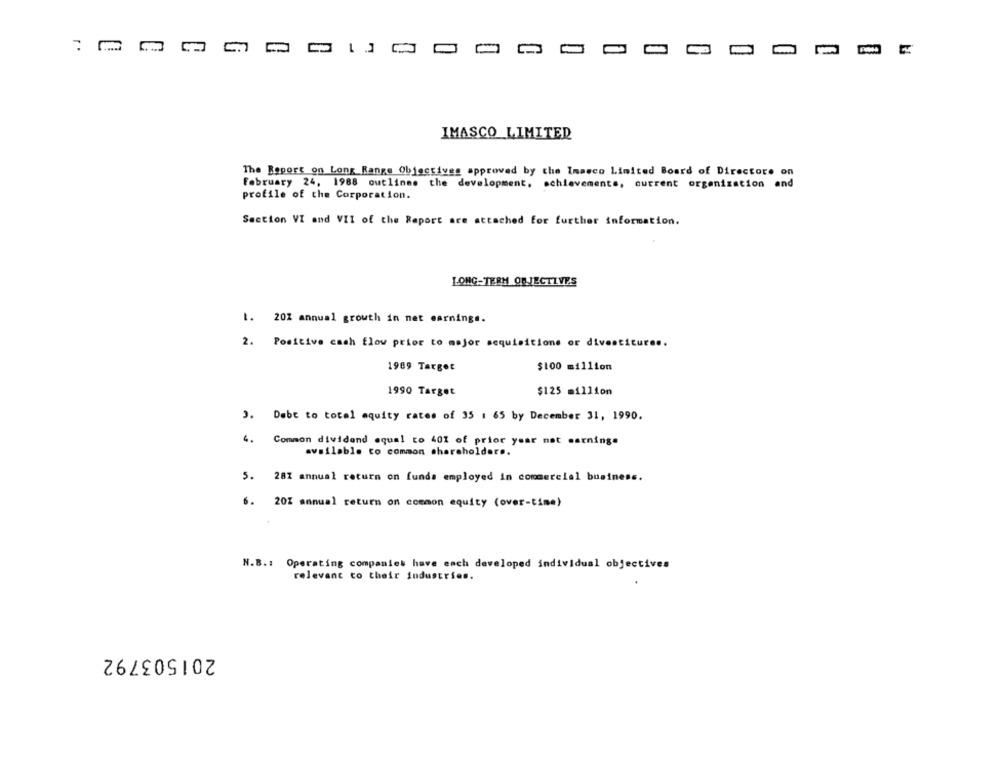
C.7
L
IMASCO LIMITED
The Report on Long Range Objectives approved by the Imasco Limited Board of Directors on
February 24, 1988 outlines the development, achievements, current organization and
profile of the Corporation.
Section VI and VII of the Report are attached for further information.
LONG-TERM OBJECTIVES
1. 20% annual growth in net earnings.
2. Positive cash flow prior to mejor acquisitions or divestitures.
1989 Target
$100 million
1990 Target
$125 million
3. Debt to total aquity rates of 35 1 65 by December 31, 1990.
4.
Common dividend equal to 401 of prior year net earnings
available to common shareholders.
5. 28% annual return on funda employed in commercial business.
6. 20% annual return on common equity (over-time)
N.B .: Operating companies have each developed individual objectives
relevant to their industries.
201503792